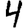
Digit: 4